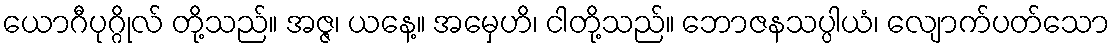
ယောဂီပုဂ္ဂိုလ် တို့သည်။ အဇ္ဇ၊ ယနေ့။ အမှေဟိ၊ ငါတို့သည်။ ဘောဇနသပ္ပါယံ၊ လျောက်ပတ်သော